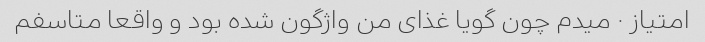
امتیاز ۰ میدم چون گویا غذای من واژگون شده بود و واقعا متاسفم